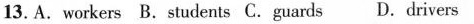
13. A.workers B.students C.guards D.drivers